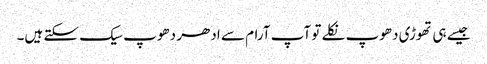
جیسے ہی تھوڑی دھوپ نکلے تو آپ آرام سے ادھر دھوپ سیک سکتے ہیں۔